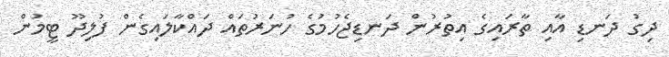
ދިގު ދަނޑި އާއި ތާރައިގެ އިތުރުން ދަނޑިޖެހުމުގެ ހުނަރުތައް ދައްކާލައިގެން ފުލިދޫ ޓީމުން